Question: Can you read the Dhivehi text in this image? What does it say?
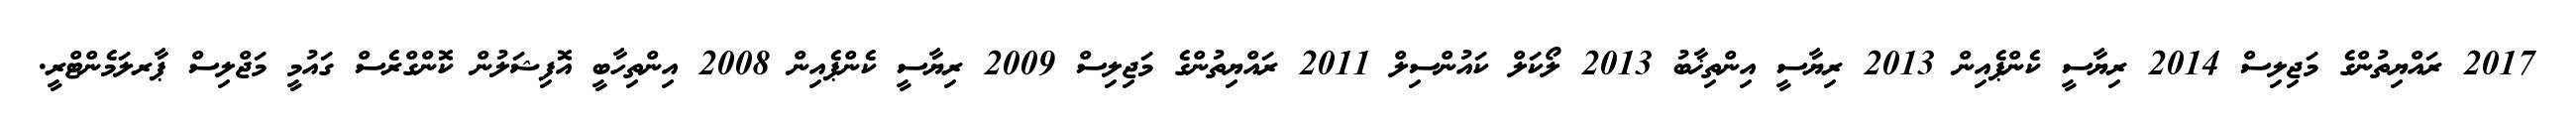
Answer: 2017 ރައްޔިތުންގެ މަޖިލިސް 2014 ރިޔާސީ ކެންޕެއިން 2013 ރިޔާސީ އިންތިޚާބު 2013 ލޯކަލް ކައުންސިލް 2011 ރައްޔިތުންގެ މަޖިލިސް 2009 ރިޔާސީ ކެންޕެއިން 2008 އިންތިހާބީ އޮފިޝަލުން ކޮންގްރެސް ގައުމީ މަޖްލިސް ޕާރލަމެންޓްރީ.